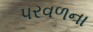
પરવળના